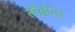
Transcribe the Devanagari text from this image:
तौहीफ